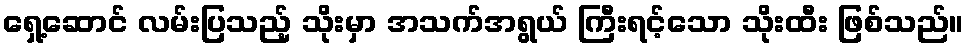
ရှေ့ဆောင် လမ်းပြသည့် သိုးမှာ အသက်အရွယ် ကြီးရင့်သော သိုးထီး ဖြစ်သည်။